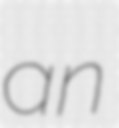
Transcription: an